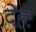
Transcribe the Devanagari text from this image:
देहः